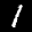
Label: 1